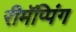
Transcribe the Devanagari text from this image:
रीमॅप्पिंग